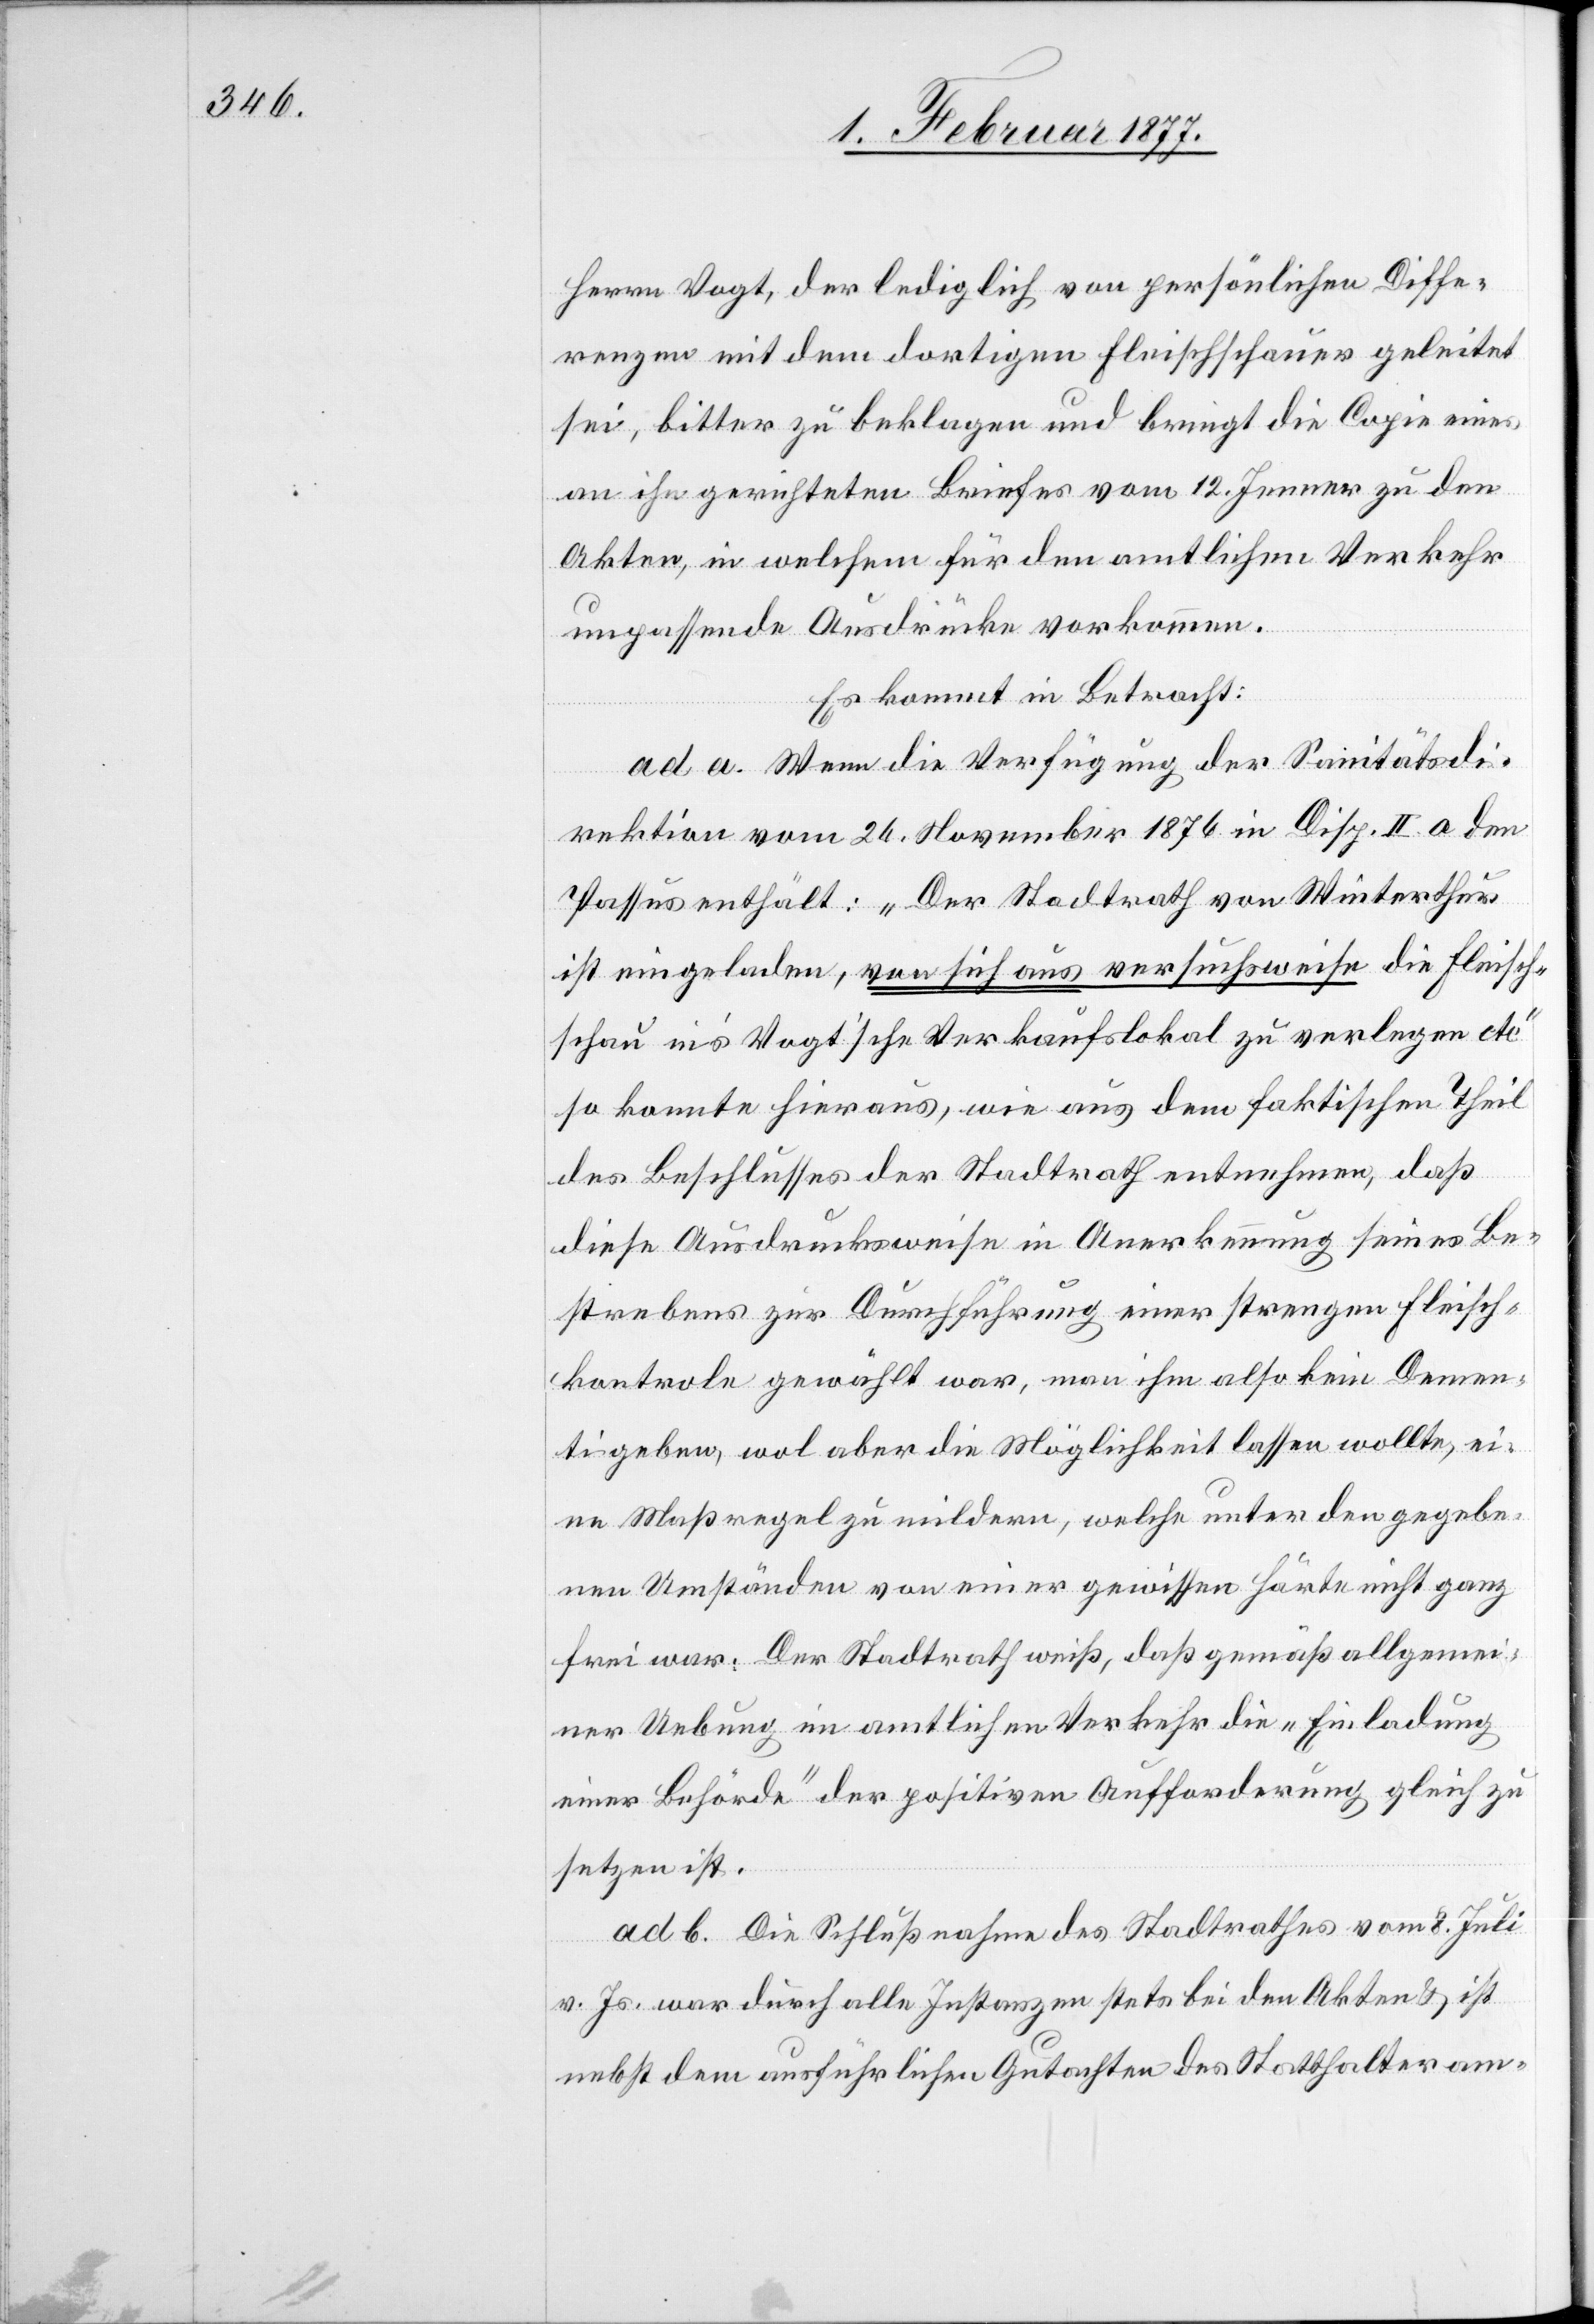
Herrn Vogt, der lediglich von persönlichen Diffe¬
renzen mit dem dortigen Fleischschauer geleitet
sei, bitter zu beklagen und bringt die Copie eines
an ihn gerichteten Briefes vom 12. Jenner zu den
Akten, in welchem für den amtlichen Verkehr
unpassende Ausdrücke vorkommen.
Es kommt in Betracht:
ad a. Wenn die Verfügung der Sanitätsdi¬
rektion vom 24. November 1876 in Disp. II. a den
Passus enthält: „Der Stadtrath von Winterthur
ist eingeladen, von sich aus versuchsweise die Fleisch¬
schau in’s Vogt’sche Verkaufslokal zu verlegen etc“
so konnte hieraus, wie aus dem faktischen Theil
des Beschlusses der Stadtrath entnehmen, daß
diese Ausdrucksweise in Anerkennung seines Be¬
strebens zur Durchführung einer strengen Fleisch¬
kontrole gewählt war, man ihm also kein Demen¬
ti geben, wol aber die Möglichkeit lassen wollte, ei¬
ne Maßregel zu mildern, welche unter den gegebe¬
nen Umständen von einer gewissen Härte nicht ganz
frei war. Der Stadtrath weiß, daß gemäß allgemei¬
ner Uebung im amtlichen Verkehr die „Einladung
einer Behörde“ der positiven Aufforderung gleich zu
setzen ist.
ad b. Die Schlußnahme des Stadtrathes vom 8. Juli
v. Js. war durch alle Instanzen stets bei den Akten & ist
nebst dem ausführlichen Gutachten des Statthalteram-